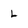
Character: L